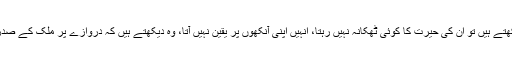
گھر کے مالک 53 سالہ ”یلدریم جلیلک“ جب دروازہ کھول کر دیکھتے ہیں تو ان کی حیرت کا کوئی ٹھکانہ نہیں رہتا، انہیں اپنی آنکھوں پر یقین نہیں آتا، وہ دیکھتے ہیں کہ دروازے پر ملک کے صدر رجب طیب اردگان اور ان کی اہلیہ سیدہ امینہ اردگان کھڑے ہیں۔